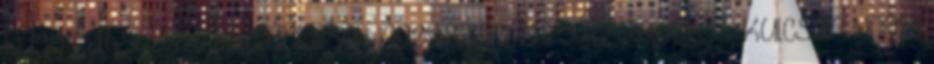
Nagy Gatsby-ben a táncosok nagyszerűen játszanak is, Kulcsár Noémi